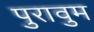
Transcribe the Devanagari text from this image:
पुरावुम